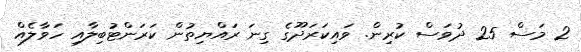
2 މަސް 25 ދުވަސް ކުރިން. ވައިކަރަދޫގެ ގިނަ ރައްޔިތުން ކަރަންޓުބިލާއި ހަވާލެއް